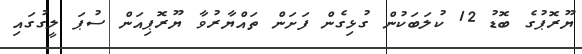
ޔޫރޮޕުގެ ބޮޑު 12 ކުލަބަކުން ގުޅިގެން ފަށަން ތައްޔާރުވާ ޔޫރޮޕިއަން ސުޕަ ލީގުގައި